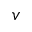
\boldsymbol { v }